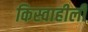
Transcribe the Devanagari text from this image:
किस्वाहीली